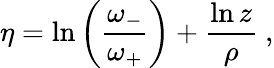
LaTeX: \eta=\ln\left(\frac{\omega_{-}}{\omega_{+}}\right)+\frac{\ln z}{\rho}\ ,